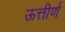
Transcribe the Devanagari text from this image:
ऊत्तीर्ण